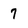
Character: 7